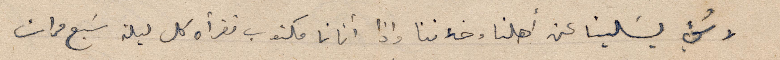
لا شيء يسَلينا عن أهلنا وخلاننا واذا اتانا مكتوب نقرأه كل ليلة سَبع مرات